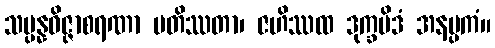
သမ္ပန္နဝိဇ္ဇာစရဏာ ပတိဿတာ၊ ဇဟိဿထ ဒုက္ခမိဒံ အနပ္ပကံ။